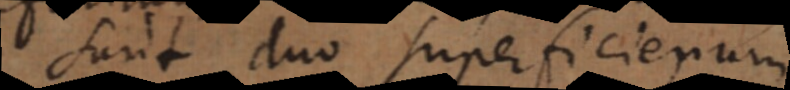
sunt duo superficierum